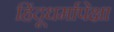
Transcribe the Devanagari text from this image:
हिंदूधर्मापेक्षा